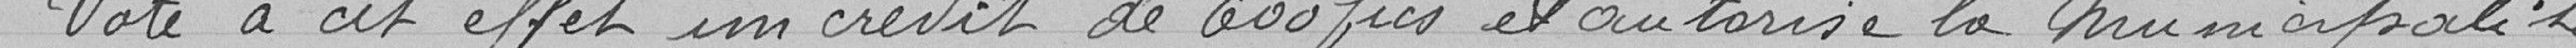
Vote à cet effet un crédit de 600 frs et autorise la Municipalité